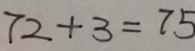
7 2 + 3 = 7 5